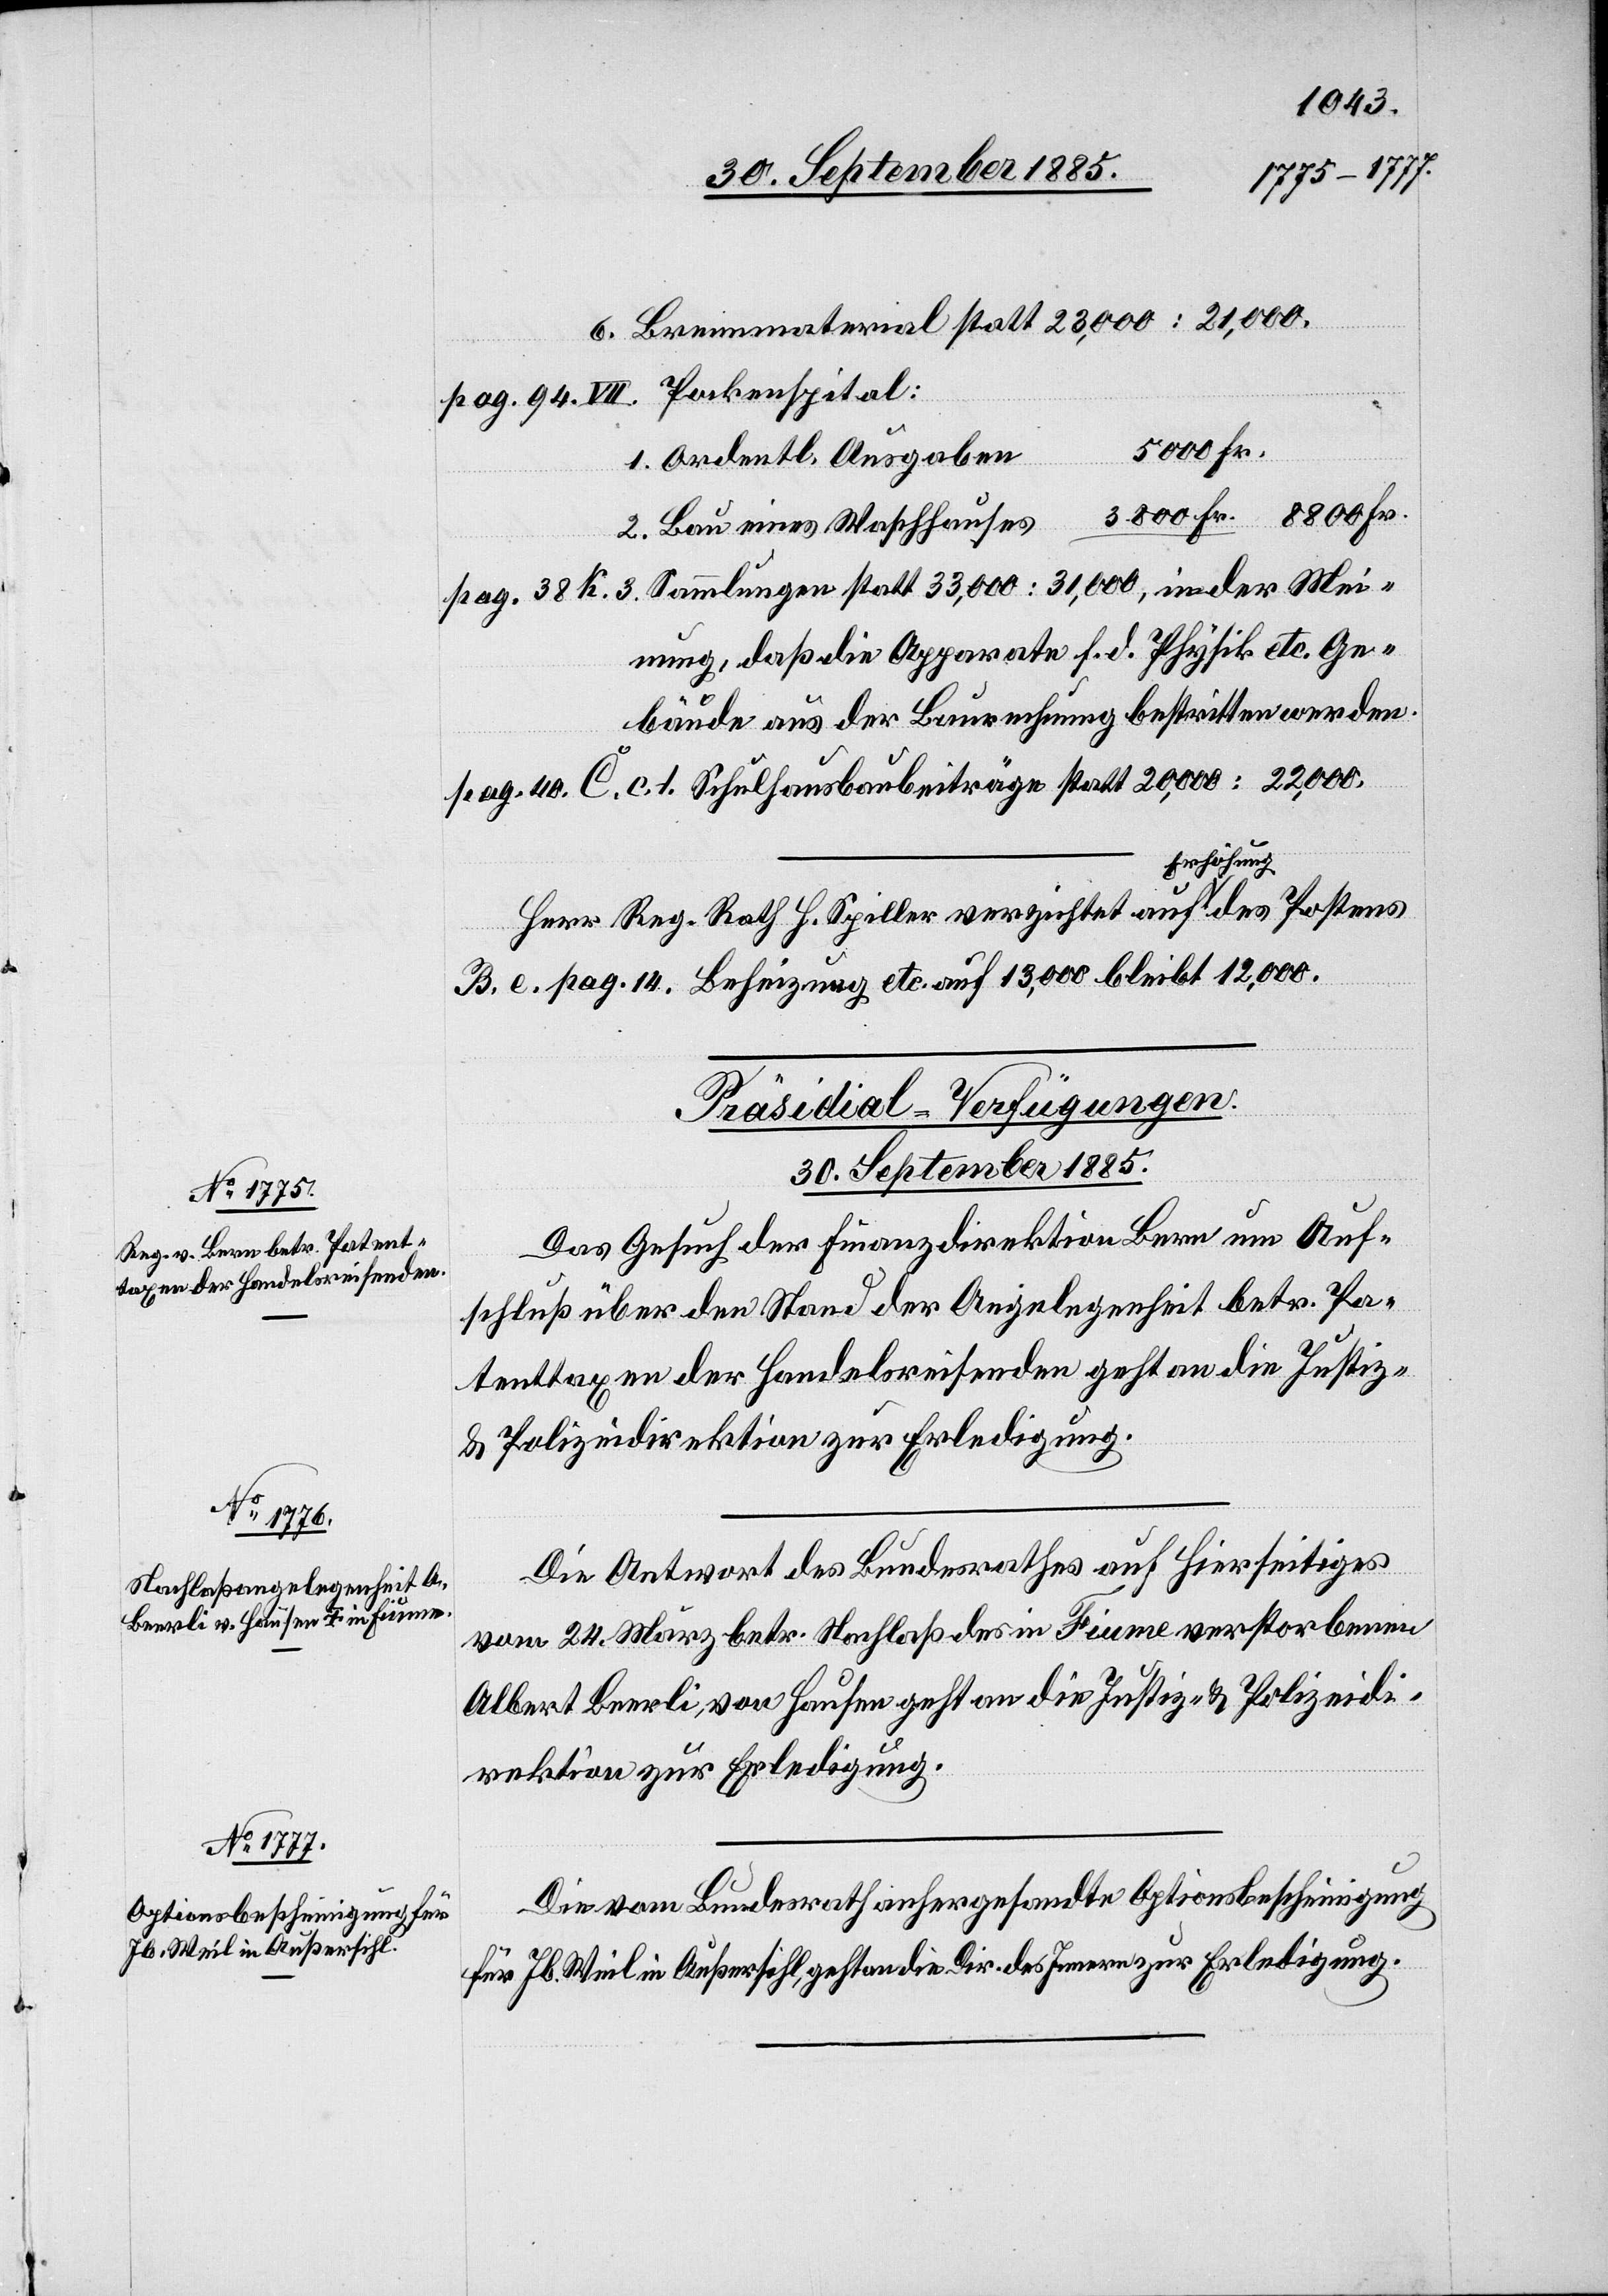
Mei¬
3800 Fr
Ordentl. Ausgaben
ens
Bau eines Waschhauses
nung, daß die Apparate f. d. Physik etc. Ge¬
bäude aus der Baurechnung bestritten werden.
Herr Reg. Rath H. Spiller verzichtet auf Erhöhung
B. c. pag. 14, Beheizung etc. auf 13,000 bleibt 12,000.
[Präsidial-Verfügungen.
30. September 1885.]
Das Gesuch der Finanzdirektion Bern um Auf¬
schluß über den Stand der Angelegenheit betr. Pa¬
tenttaxen der Handelsreisenden geht an die Justiz-
& Polizeidirektion zur Erledigung.
Die Antwort des Bundesrathes auf Hierseitiges
vom 24. März betr. Nachlaß des in Fiume verstorbenen
Albert Beerli, von Hausen geht an die Justiz- & Polizeidi¬
rektion zur Erledigung.
Die vom Bundesrath anhergesandte Optionsbescheinigung
für Jb. Weil in Außersihl, geht an die Dir. des Innern zur Erledigung.